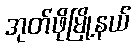
အုတ်ဖိုမြို့နယ်